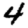
Digit: 4